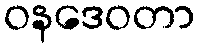
ဝနဒေဝတာ